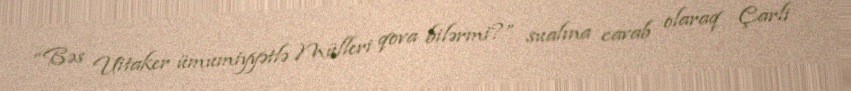
“Bəs Uitaker ümumiyyətlə Mülleri qova bilərmi?” sualına cavab olaraq Çarli